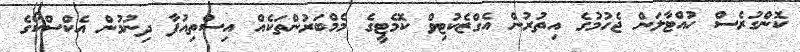
ކޮންގުރެސް ހުއްޓާލަން ޖެހުމުގެ އިތުރުން އެގްޒެކުޓިވް ކޮމެޓީގެ މެމްބަރުންތަކެއް އިސްތިއުފާ ދިނުމުން އެކްސްކޯގެ